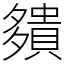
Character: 㚍